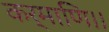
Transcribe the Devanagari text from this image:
कर्माणि।।